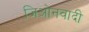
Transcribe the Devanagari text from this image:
जिओनवादी